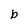
Character: b